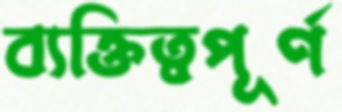
ব্যক্তিত্বপূর্ণ